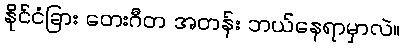
နိုင်ငံခြား တေးဂီတ အတန်း ဘယ်နေရာမှာလဲ။